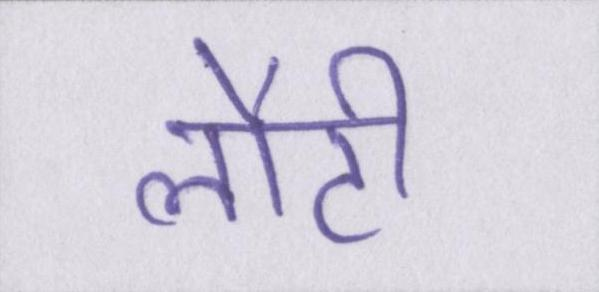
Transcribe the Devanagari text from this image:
लौटी